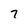
Character: 7